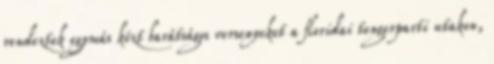
rendeztek egymás közt barátságos versenyeket a floridai tengerparti utakon,